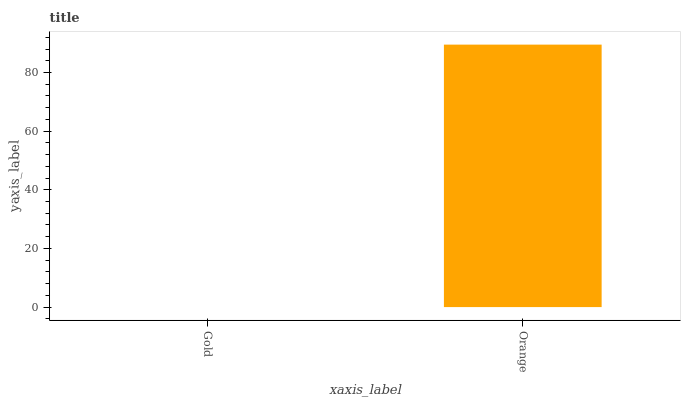
| xaxis_label | bars |
 | --- | --- |
 | Gold | 0 |
 | Orange | 89.5 |